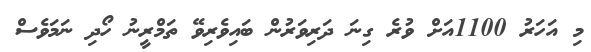
މި އަހަރު 1100އަށް ވުރެ ގިނަ ދަރިވަރުން ބައިވެރިވޭ ތަމްރީނު ހޯދި ނަމަވެސް